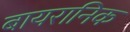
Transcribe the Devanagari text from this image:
बायरानिक